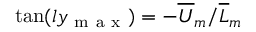
\tan ( l y _ { \mathrm { ~ m ~ a ~ x ~ } } ) = - { \overline { { U } } _ { m } } / { \overline { { L } } _ { m } }